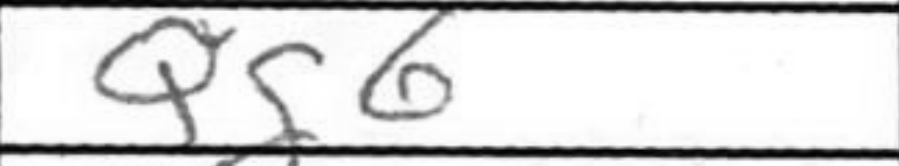
Transcription: Qg6